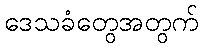
ဒေသခံတွေအတွက်